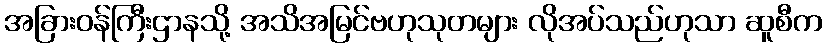
အခြားဝန်ကြီးဌာနသို့ အသိအမြင်ဗဟုသုတများ လိုအပ်သည်ဟုသာ ဆူစီက